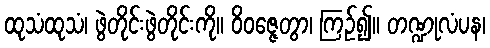
ထုသံထုသံ၊ ဖွဲတိုင်းဖွဲတိုင်းကို။ ဝိဝဇ္ဇေတွာ၊ ကြဉ်၍။ တဏ္ဍုလံပန၊